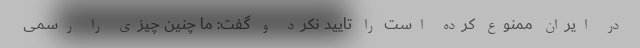
در ایران ممنوع کرده است را تایید نکرد و گفت: ما چنین چیزی را رسمی